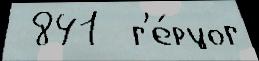
 841  г'е́рцог